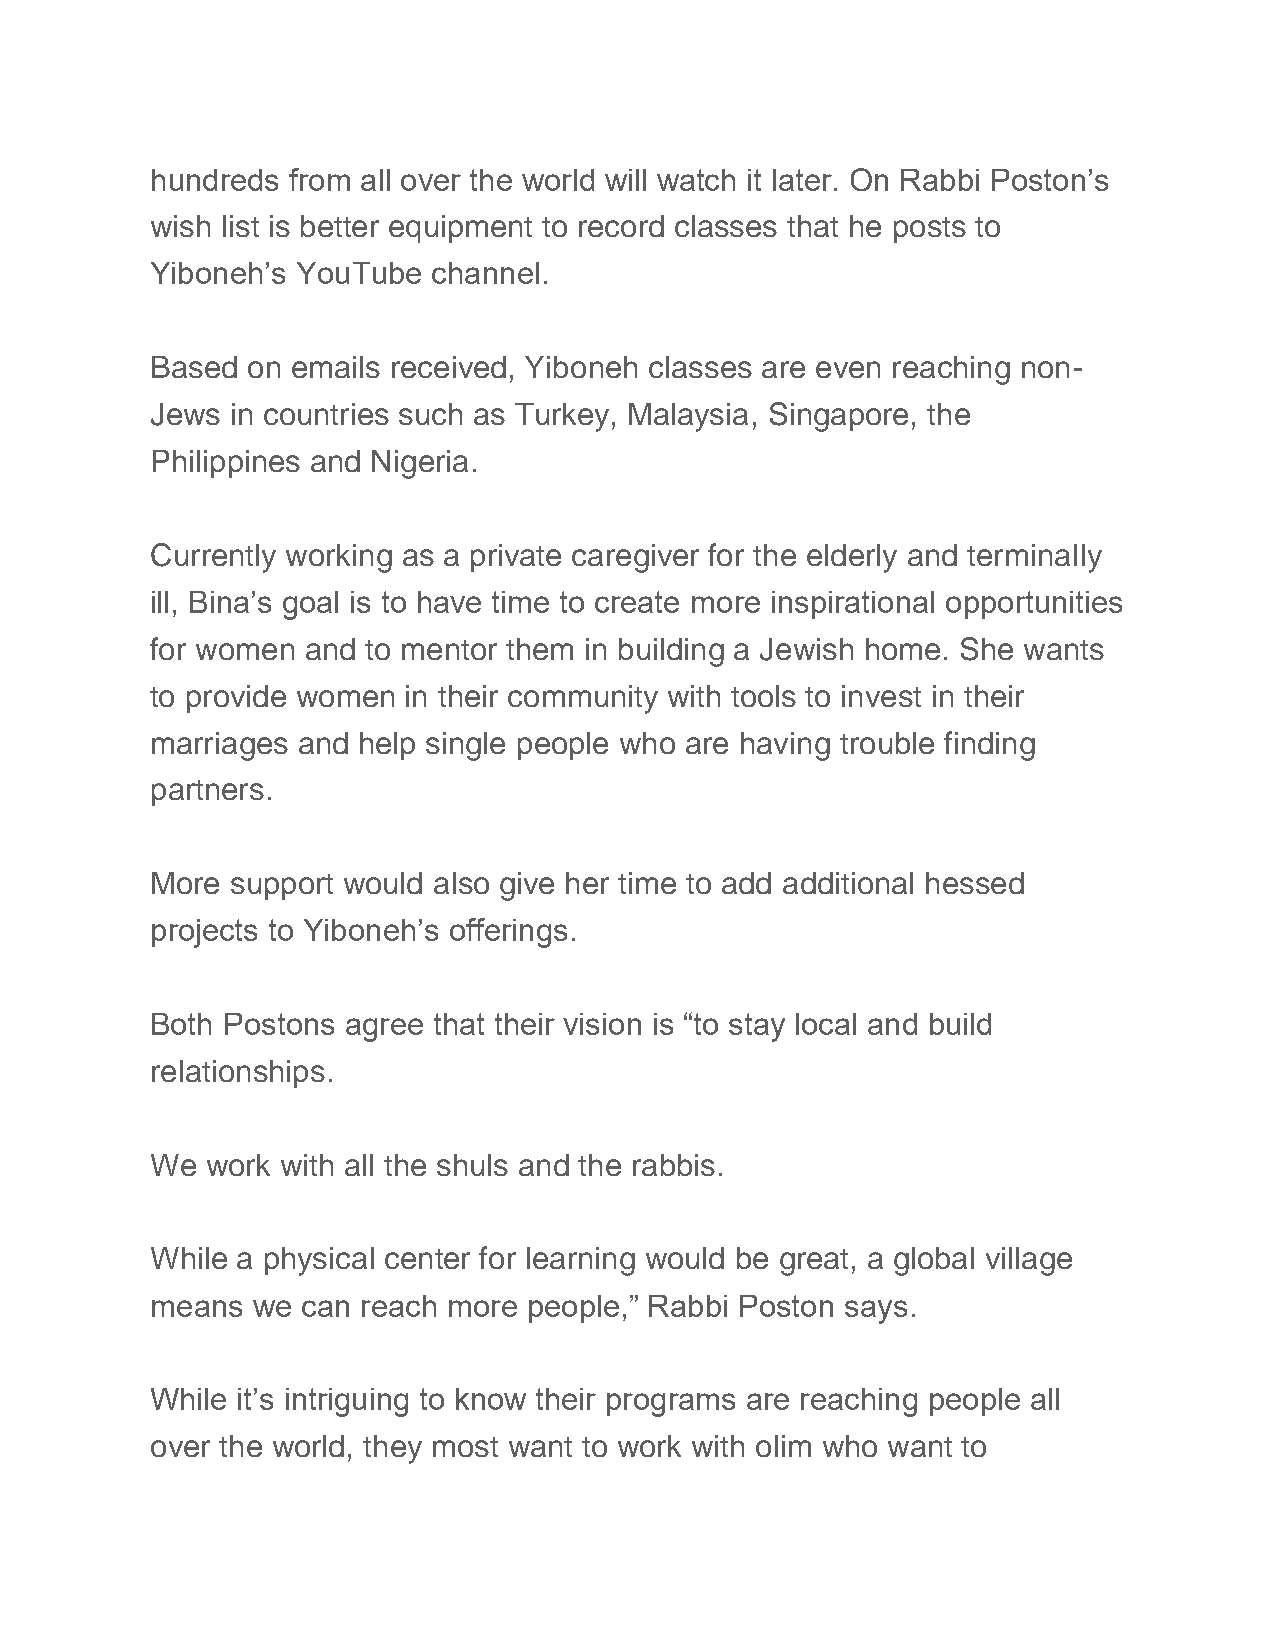
hundreds from all over the world will watch it later. On Rabbi Poston’s
 wish list is better equipment to record classes that he posts to
 Yiboneh’s YouTube  channel.
 Based on emails received, Yiboneh classes are even reaching non-
 Jews in countries such as Turkey, Malaysia, Singapore, the
 Philippines and Nigeria.
 Currently working as a private caregiver for the elderly and terminally
 ill, Bina’s goal is to have time to create more inspirational opportunities
 for women and to mentor them in building a Jewish home. She wants
 to provide women in their community with tools to invest in their
 marriages and help single people who are having trouble finding
 partners.
 More support would also give her time to add additional hessed
 projects to Yiboneh’s offerings.
 Both Postons agree that their vision is “to stay local and build
 relationships.
 We  work with all the shuls and the rabbis.
 While a physical center for learning would be great, a global village
 means  we can reach more people,” Rabbi Poston says.
 While it’s intriguing to know their programs are reaching people all
 over the world, they most want to work with olim who want to